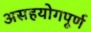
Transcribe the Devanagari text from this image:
असहयोगपूर्ण